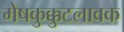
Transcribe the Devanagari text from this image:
मेषकुक्कुटलावक